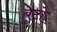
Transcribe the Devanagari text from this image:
बुटो